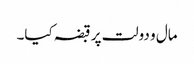
مال و دولت پر قبضہ کیا۔